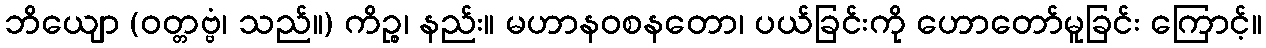
ဘိယျော (ဝတ္တဗ္ဗံ၊ သည်။) ကိဉ္စ၊ နည်း။ မဟာနဝစနတော၊ ပယ်ခြင်းကို ဟောတော်မူခြင်း ကြောင့်။